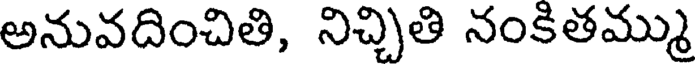
అనువదించితి, నిచ్చితి నంకితమ్ము